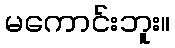
မကောင်းဘူး။